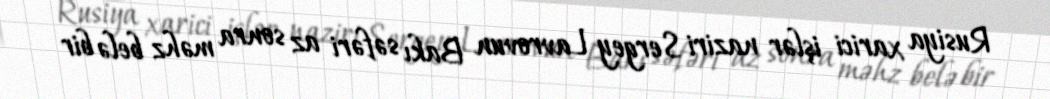
Rusiya xarici işlər naziri Sergey Lavrovun Bakı səfəri az sonra məhz belə bir